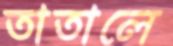
তাতালে